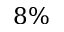
8 \%